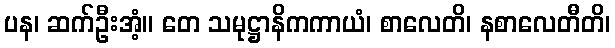
ပန၊ ဆက်ဦးအံ့။ တေ သမုဋ္ဌာနိကကာယံ၊ စာလေတိ၊ နစာလေတီတိ၊